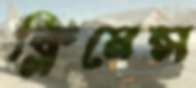
ক্লিমেন্স